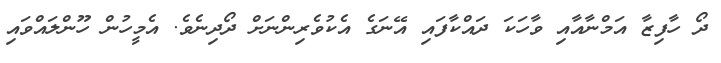
ދޯ ހާފިޒާ އަމްނާއާއި ވާހަކަ ދައްކާފައި އޭނަގެ އެކުވެރިންނަށް ދޯދިނެވެ. އެމީހުން ހޫންލައްވައި